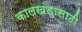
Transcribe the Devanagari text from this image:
कालखंडासाठी